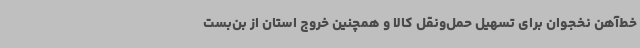
خط‌آهن نخجوان برای تسهیل حمل‌ونقل کالا و همچنین خروج استان از بن‌بست